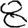
Digit: 8